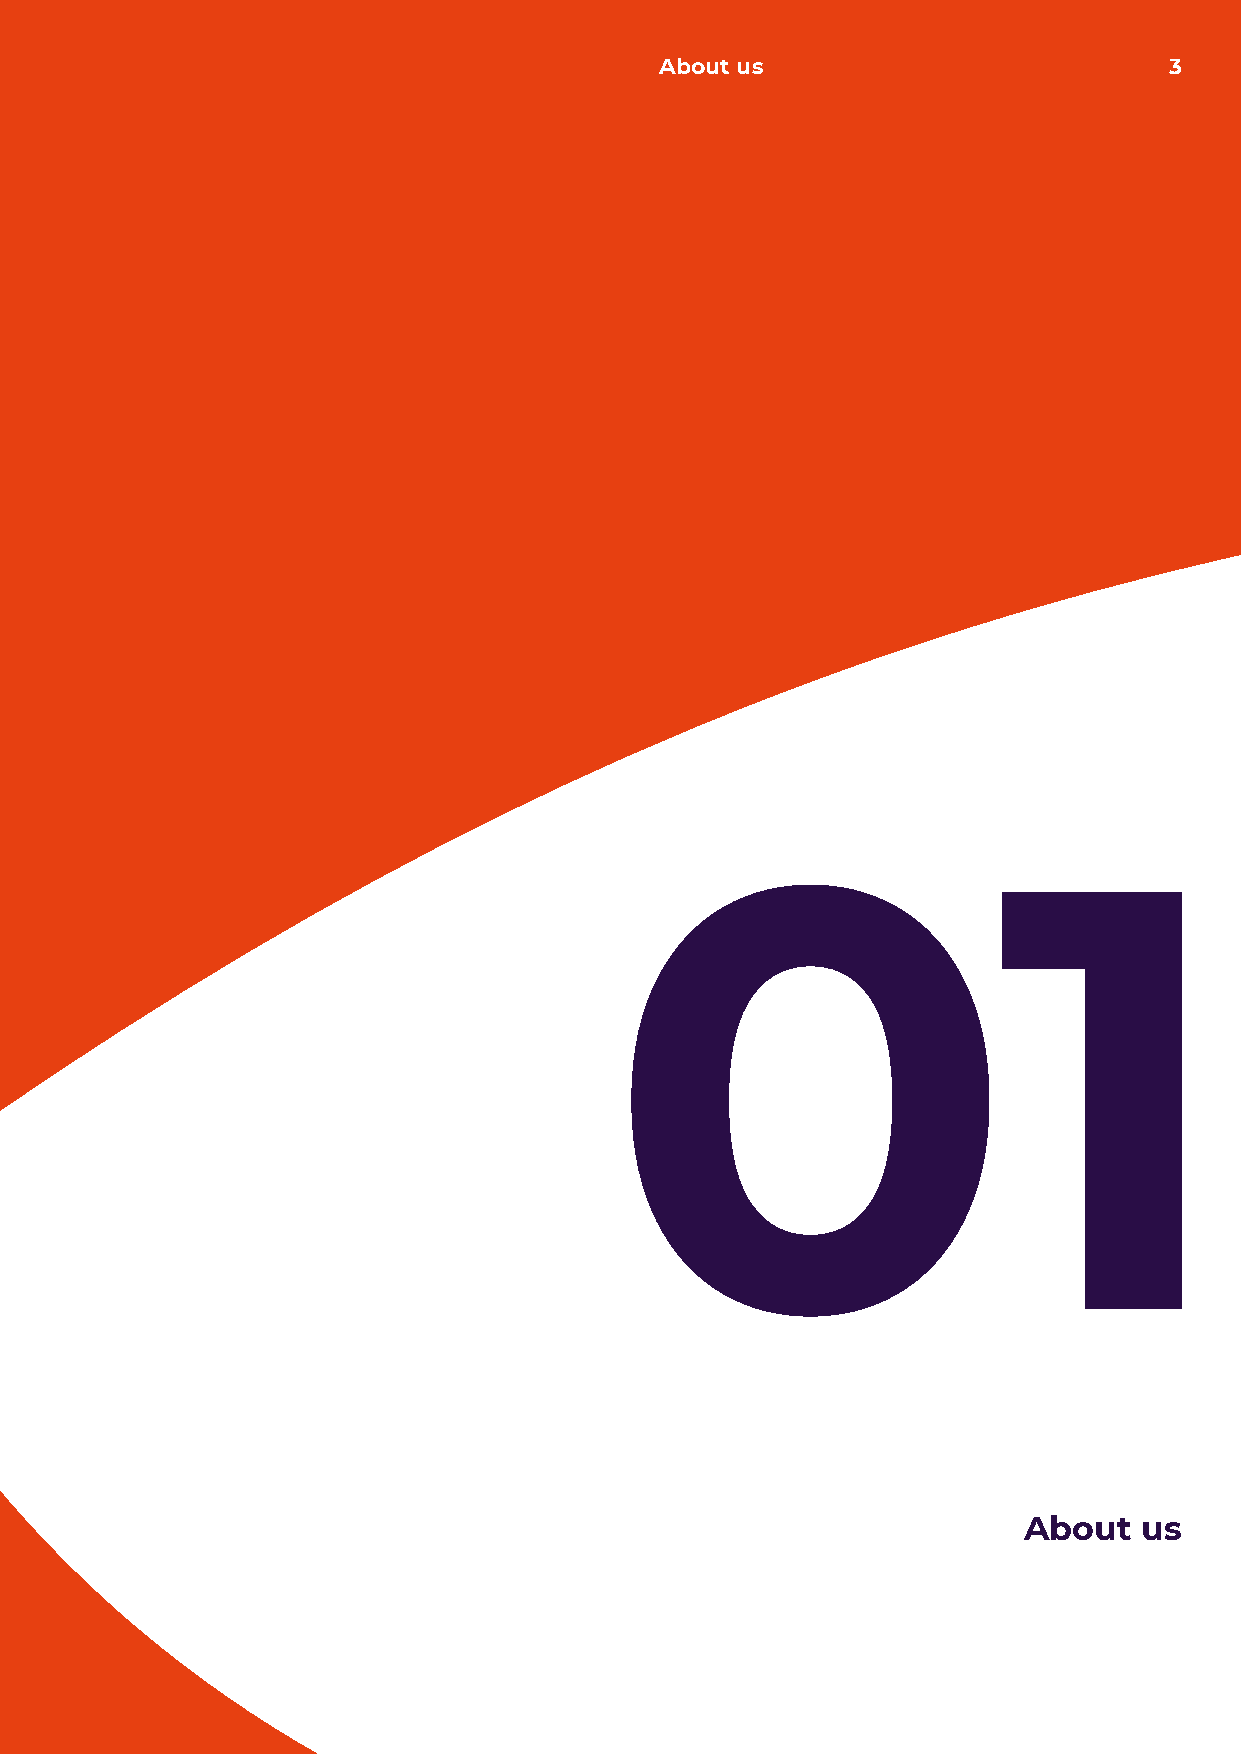
About us                         3
 01
 About   us